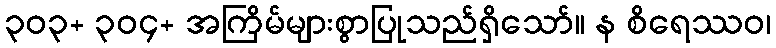
၃၀၃+ ၃၀၄+ အကြိမ်များစွာပြုသည်ရှိသော်။ န စိရေဿဝ၊